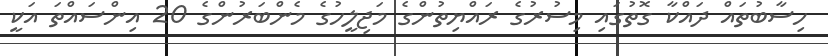
ހިސާބުތައް ދައްކާ ގޮތުގައި މިސުރުގެ ރައްޔިތުންގެ މަޖިލީހުގެ މެންބަރުންގެ 20 އިންސައްތަ އަކީ